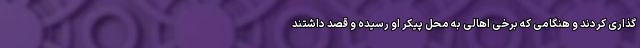
گذاری کردند و هنگامی که برخی اهالی به محل پیکر او رسیده و قصد داشتند